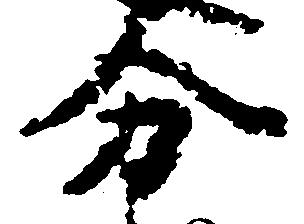
分